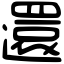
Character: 還